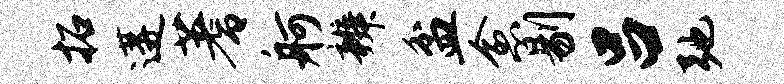
拓遘蓍舸辨盆愈剔吕弛